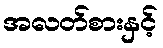
အလတ်စားနှင့်